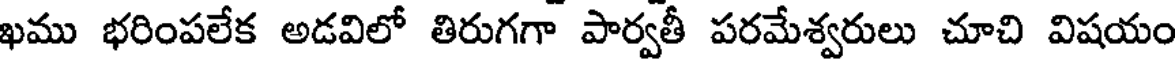
ఖము భరింపలేక అడవిలో తిరుగగా పార్వతీ పరమేశ్వరులు చూచి విషయం